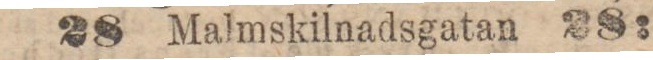
28 Malmskilnadsgatan 28: